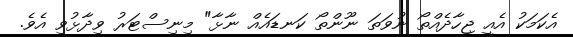
އެކަމަކު އެއީ ޖިހާދެއްތޯ ނުވަތަ ނޫންތޯ ކަނޑައެއް ނާޅާ" މިނިސްޓަރު ވިދާޅުވި އެވެ.